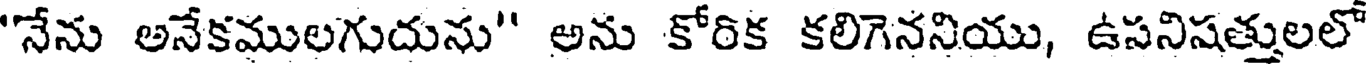
"నేను అనేకములగుదును" అను కోరిక కలిగెననియు, ఉసనిషత్తులలో